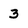
Character: 3